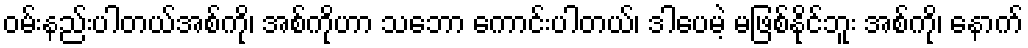
ဝမ်းနည်းပါတယ်အစ်ကို၊ အစ်ကိုဟာ သဘော ကောင်းပါတယ်၊ ဒါပေမဲ့ မဖြစ်နိုင်ဘူး အစ်ကို၊ နောက်